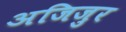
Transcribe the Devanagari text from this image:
अजिजुर